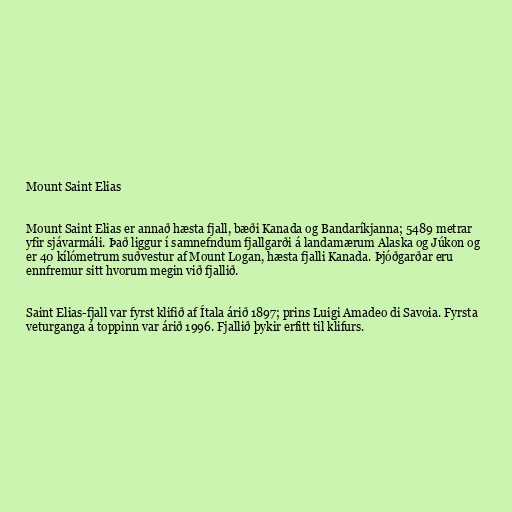
Mount Saint Elias

Mount Saint Elias er annað hæsta fjall, bæði Kanada og Bandaríkjanna; 5489 metrar
yfir sjávarmáli. Það liggur í samnefndum fjallgarði á landamærum Alaska og Júkon og
er 40 kílómetrum suðvestur af Mount Logan, hæsta fjalli Kanada. Þjóðgarðar eru
ennfremur sitt hvorum megin við fjallið.

Saint Elias-fjall var fyrst klifið af Ítala árið 1897; prins Luigi Amadeo di Savoia. Fyrsta
veturganga á toppinn var árið 1996. Fjallið þykir erfitt til klifurs.